Scottish Leaving Certificate Examination, 1955
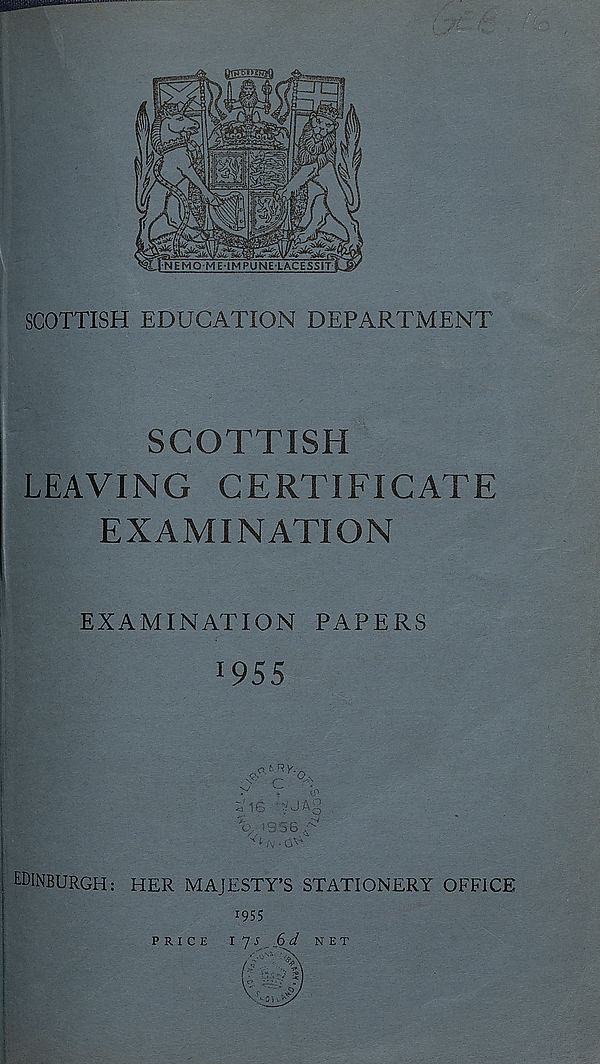
-jUkyoife s^vfej^ i>^v..v<--
[NEMOMEiMPUNE-LACESSiT
SCOTTISH EDUCATION DEPARTMENT
SCOTTISH
LEAVING CERTIFICATE
EXAMINATION
EXAMINATION PAPERS
*955
<a*RV^
,) A
EDINBURGH: HER MAJESTY’S STATIONERY OFFICE
055